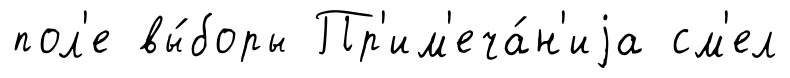
пол'е вы́боры Пр'им'еча́н'иjа см'ел